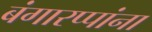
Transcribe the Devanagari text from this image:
बंगारप्पांना